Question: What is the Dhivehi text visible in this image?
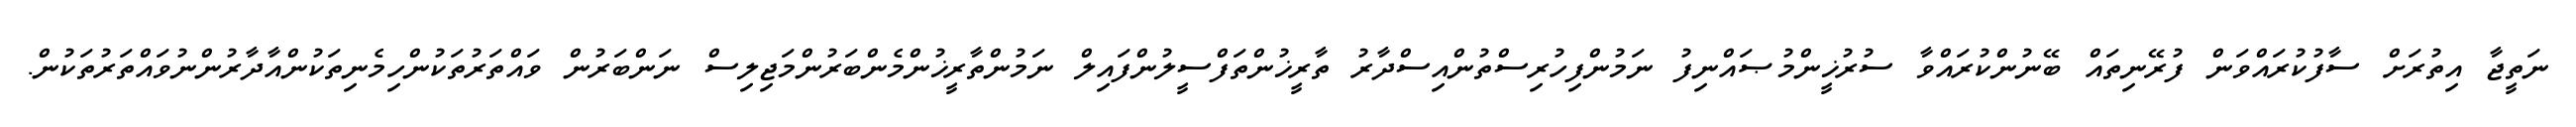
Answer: ނަތީޖާ އިތުރަށް ސާފުކުރައްވަން ފުރޭނިތައް ބޭނުންކުރައްވާ ސުރުޚީންމުޞައްނިފު ނަމުންފިހުރިސްތުންއިސްދާރު ތާރީޚުންތަފްސީލުންފައިލް ނަމުންތާރީޚުންމެންބަރުންމަޖިލިސް ނަންބަރުން ވައްތަރުތަކުންހިމެނިތަކުންއާދާރުންނުވައްތަރުތަކުން.